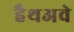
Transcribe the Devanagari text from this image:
हैथअवे